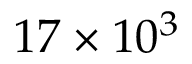
1 7 \times 1 0 ^ { 3 }